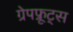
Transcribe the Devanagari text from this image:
ग्रेपफ्रूट्स